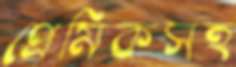
প্রেমিকসহ